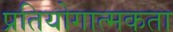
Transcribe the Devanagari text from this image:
प्रतियोगात्मकता